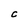
Character: C